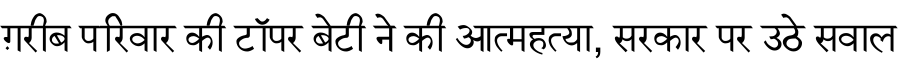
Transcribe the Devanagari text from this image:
ग़रीब परिवार की टॉपर बेटी ने की आत्महत्या, सरकार पर उठे सवाल